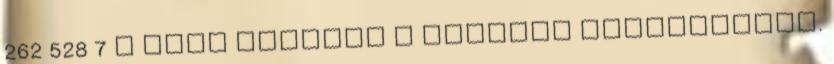
262 528 7 A maga nemében a világon egyedülálló.